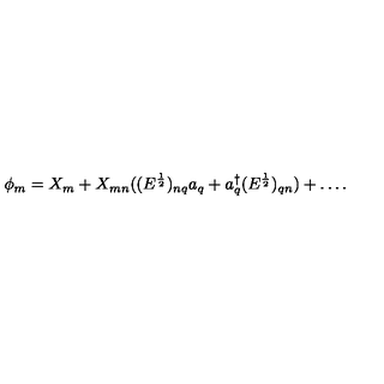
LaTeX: \phi _ { m } = X _ { m } + X _ { m n } ( ( E ^ { \frac { 1 } { 2 } } ) _ { n q } a _ { q } + a _ { q } ^ { \dagger } ( E ^ { \frac { 1 } { 2 } } ) _ { q n } ) + \ldots .